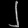
Digit: ၂